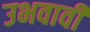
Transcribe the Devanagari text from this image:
उभवावी